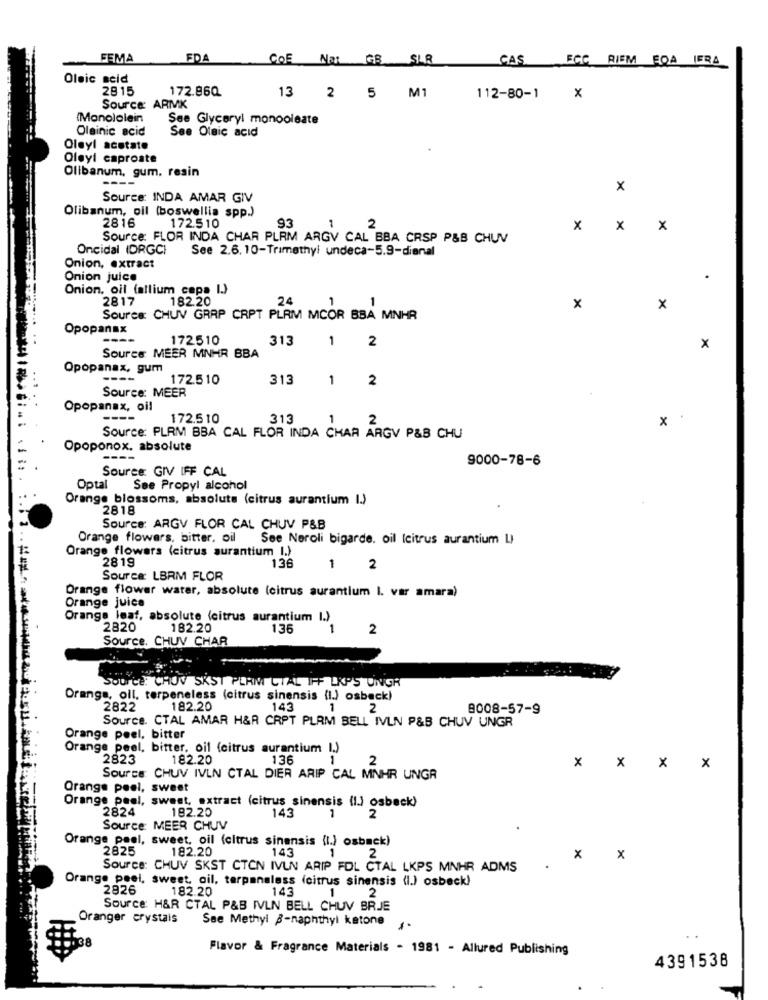
FEMA
FDA
CoE Nat GB SLR
CAS
FCC RIEM FOA IERA
Oleic seid
2815
172.86Q
13 2 5 M1
112-80-1 X
Source: ARMK
(Manololein
See Glyceryl monooleate
Oleinic acid
See Oleic acid
Oleyl acetate
Oleyl caproate
Olibanum, gum, resin
----
x
Source: INDA AMAR GIV
Olibanum, oil (boswellia spp.)
2816
172.510
93
2
1
x x x
Source: FLOR INDA CHAR PLRM ARGV CAL BBA CRSP P&B CHUV
Oncidal (DRGC)
See 2.6. 10-Trimethyl undeca-5.9-dianal
Onion, extract
Onion juice
Onion, oil (allium cepa I.)
2817
182.20
24
1
x
x
Source: CHUV GRAP CRPT PLAM MCOR BBA MNHR
Opopanax
----
172510
313
1
2
x
Source MEER MNHR BBA
Opopanax, gum
----
172.510
313
1
2
Source: MEER
Opopanax, oil
----
172.510
313
1
2
×
Source: PLRM BBA CAL FLOR INDA CHAR ARGV P&B CHU
Opoponox, absolute
9000-78-6
Source: GIV IFF CAL
Optal See Propyl alcohol
Orange blossoms, absolute (citrus aurantium I.)
2818
Source: ARGV FLOR CAL CHUV P&B
Orange flowers, bitter, oil See Neroli bigarde, oil (citrus aurantium L)
Orange flowers (citrus aurantium I.)
2819
136
1
2
Source: LBRM FLOR
Drange flower water, absolute (citrus aurantium I. var amara)
Orange juice
Orange leaf, absolute (citrus aurantium I.)
2820
182.20
135
1
2
Source. CHUV CHAR
Source: CHOV SKST PERM CTAL IFF LAPS UNGR
Orange, oil, terpeneless (citrus sinensis (l.) osback)
2822
182.20
143
1
2
8008-57-9
Source. CTAL AMAR H&R CRPT PLAM BELL IVLN P&B CHUV UNGR
Orange peel, bitter
Orange peel, bitter, oil (citrus aurantium I.)
2823
182.20
136
1
2
Source: CHUV IVLN CTAL DIER ARIP CAL MNHR UNGR
Orange peel, sweet
Orange peel, sweet, extract (citrus sinensis (l.) osbeck)
2824
143
1
2
182.20
Source: MEER CHUV
Orange peel, sweet, oil (citrus sinensis (l.) osback)
2825
143
1
182.20
2
X
Source: CHUV SKST CTCN IVLN ARIP FOL CTAL LKPS MNHR ADMS
Orange peel, sweet, oil, tarpanaless (citrus sinensis (l.) osbeck)
2826
182.20
143
2
1
Source: H&R CTAL P&B IVLN BELL CHUV BRJE
Oranger crystals
See Methyl B-naphthyl ketone 1.
Flavor & Fragrance Materials . 1981 - Allured Publishing
4391538